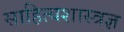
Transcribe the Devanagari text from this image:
साहित्यशास्त्रज्ञ